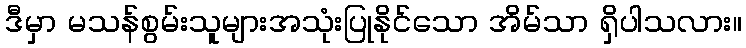
ဒီမှာ မသန်စွမ်းသူများအသုံးပြုနိုင်သော အိမ်သာ ရှိပါသလား။